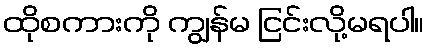
ထိုစကားကို ကျွန်မ ငြင်းလို့မရပါ။